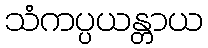
သံကပ္ပယန္တာယ